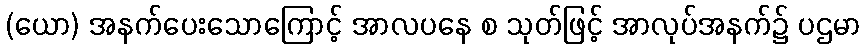
(ယော) အနက်ပေးသောကြောင့် အာလပနေ စ သုတ်ဖြင့် အာလုပ်အနက်၌ ပဌမာ